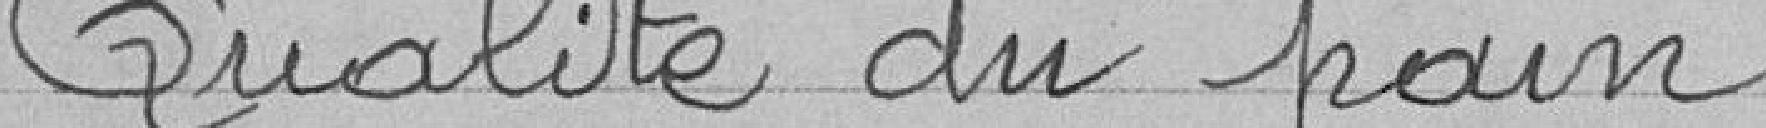
Qualité du pain